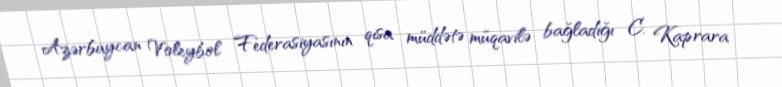
Azərbaycan Voleybol Federasiyasının qısa müddətə müqavilə bağladığı C. Kaprara